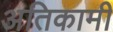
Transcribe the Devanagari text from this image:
अतिकामी